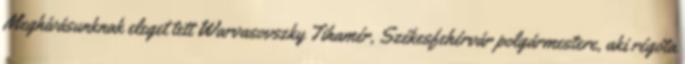
Meghívásunknak eleget tett Warvasovszky Tihamér, Székesfehérvár polgármestere, aki régóta